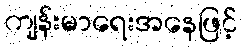
ကျန်းမာရေးအနေဖြင့်